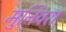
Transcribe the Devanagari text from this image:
मुनिवरा